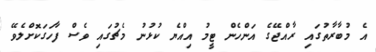
އެ މުބާރާތުގައި ރާއްޖޭގެ އަންހެން ޓީމު އިއްޔެ ކުޅުނު މެޗުގައި ވެސް ފާހަގަކޮށްލެވޭ